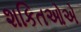
શકિતઓએ